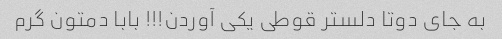
به جای دوتا‌ دلستر قوطی یکی آوردن!!! بابا دمتون گرم